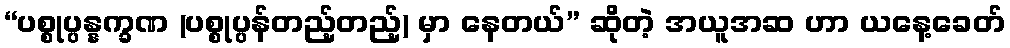
“ပစ္စုပ္ပန္နက္ခဏ (ပစ္စုပ္ပန်တည့်တည့်) မှာ နေတယ်” ဆိုတဲ့ အယူအဆ ဟာ ယနေ့ခေတ်